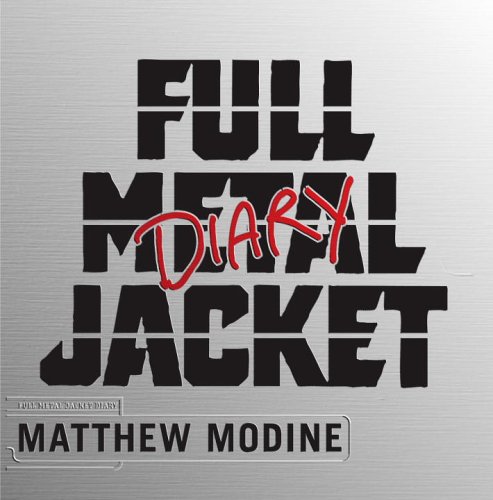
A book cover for Full Metal Jacket Diary; Matthew Modine; Biographies & Memoirs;